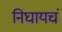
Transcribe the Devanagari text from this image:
निघायचं